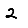
Digit: 2